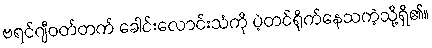
ဗရင်ဂျီဝတ်တက် ခေါင်းလောင်းသံကို ပဲ့တင်ရိုက်နေသကဲ့သို့ရှိ၏။